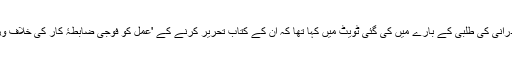
خیال رہے کہ فوج کے شعبۂ تعلقات عامہ کے ترجمان میجر جنرل آصف غفور نے 25 مئی کو اسد درانی کی طلبی کے بارے میں کی گئی ٹویٹ میں کہا تھا کہ ان کے کتاب تحریر کرنے کے 'عمل کو فوجی ضابطۂ کار کی خلاف ورزی کے طور پر لیا گیا ہے جس کا اطلاق حاضر سروس اور ریٹائرڈ تمام فوجی اہلکاروں پر ہوتا ہے۔